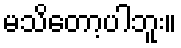
မသိတော့ပါဘူး။